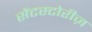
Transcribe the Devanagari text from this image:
सेंटस्टोरीज़